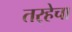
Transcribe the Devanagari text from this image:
तर्‍हेचा